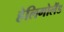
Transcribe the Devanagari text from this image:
हेलिगोलैंड